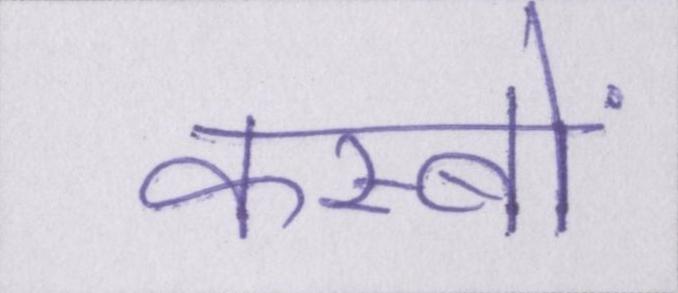
कस्बों